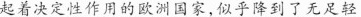
起着决定性作用的欧洲国家，似乎降到了无足轻